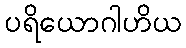
ပရိယောဂါဟိယ